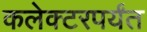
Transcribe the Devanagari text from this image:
कलेक्टरपर्यंत